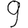
Digit: 9